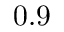
0 . 9